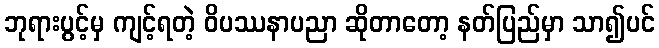
ဘုရားပွင့်မှ ကျင့်ရတဲ့ ဝိပဿနာပညာ ဆိုတာတော့ နတ်ပြည်မှာ သာ၍ပင်